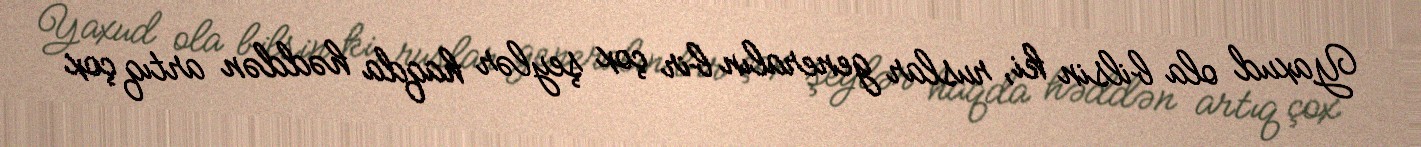
Yaxud ola bilsin ki, ruslar generalın bir çox şeylər haqda həddən artıq çox